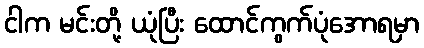
ငါက မင်းတို့ ယုံပြီး ထောင်ကွက်ပုံအောရမှာ